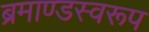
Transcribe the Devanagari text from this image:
ब्रमाण्डस्वरूप